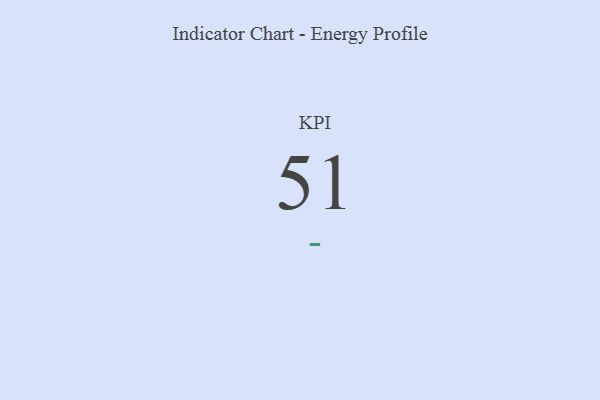
{"axis": {"x": "KPI", "y": "Value"}, "legend": [""], "data": [{"x": "KPI", "y": 51, "type": ""}]}